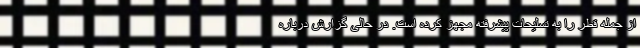
از جمله قطر را به تسلیحات پیشرفته مجهز کرده است. در حالی گزارش درباره